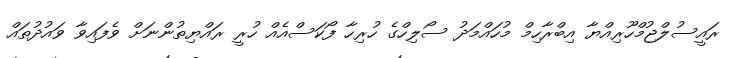
ރައީސުލްޖުމްހޫރިއްޔާ އިބްރާހިމް މުހައްމަދު ސޯލިހްގެ ހުރިހާ ފޯކަސްއެއް ހުރީ ރައްޔިތުންނަށް ވެފައިވާ ވައުދުތައް